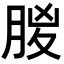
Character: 𣍶